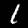
Label: 1